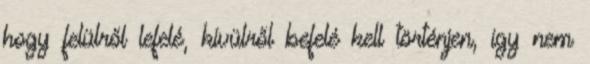
hogy felülről lefelé, kívülről befelé kell történjen, így nem